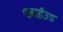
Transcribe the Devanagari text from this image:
प्लाईउड